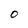
Character: 0